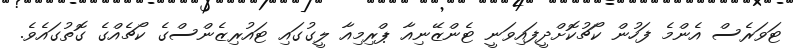
ޓަވަރެސް އެންމެ ފަހުން ކޯޗުކޮށްދީފައިވަނީ ޓެންޒޭނިއާ ޕްރިމިއާ ލީގުގައި ޓައުރިޒެންސްގެ ކޯޗެއްގެ ގޮތުގައެވެ.